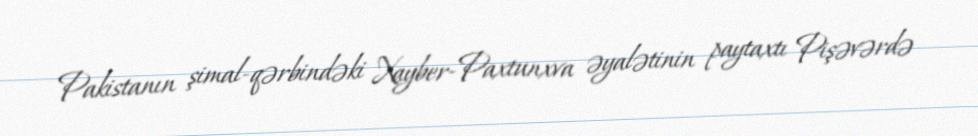
Pakistanın şimal-qərbindəki Xayber-Paxtunxva əyalətinin paytaxtı Pişəvərdə